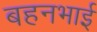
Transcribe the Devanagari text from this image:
बहनभाई